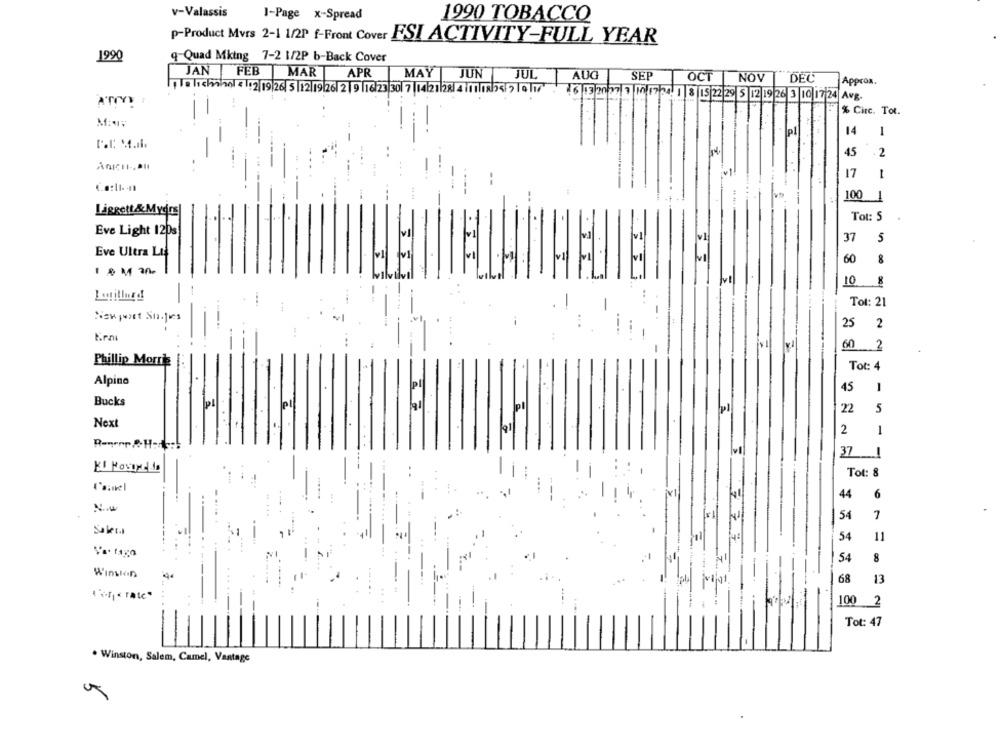
v-Valassis
1-Page x-Spread
1990 TOBACCO
p-Product Mvrs 2-1 1/2P f-Front Cover ESI ACTIVITY-FULL YEAR
1990
q-Quad Mking 7-2 1/2P b-Back Cover
JAN FEB MAR APR
MAY
JUN
JUL
AUG
SEP
OCT
NOV | DEC Appcom.
la luchabal = /12/19|20 5|12| 19 26 2| 9 |16 23 30 7 | 14 21 28 4 1 |8 25 7| |16 : 6|3 20 27|7|11| 17 24. 1 |8|15 22 29 5 12 19 26 3 10 17 24 Avg.
% Circ. Tot.
pl
14
1
45
- 2
AnICH -, aHI
17
--
-
Colin
100
1
--
Liggett&Mydrs|
Tot: S
Eve Light 120s
v.1
v1
37
5
4
Eve Ultra Lt
vi
60
8
vl
10
-
Tol: 21
-
New post Su.jes
--
...
25
--.
25 2
60 2
Phillip Morris
Tot: 4
Alpine
pl
45
1
Bucks
Ipl
22
5
Next
2
1
37
1
Tot: 8
44
6
Nu
.. ..
54
7
Soka
777
54
11
54
8
Winston
68
13
100
2
Tot: 47
. Winston, Salem, Camel, Vantage